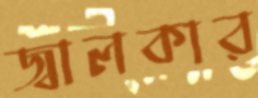
জ্বালকার